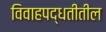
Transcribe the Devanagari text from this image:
विवाहपद्धतीतील